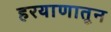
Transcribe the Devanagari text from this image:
हरयाणातून